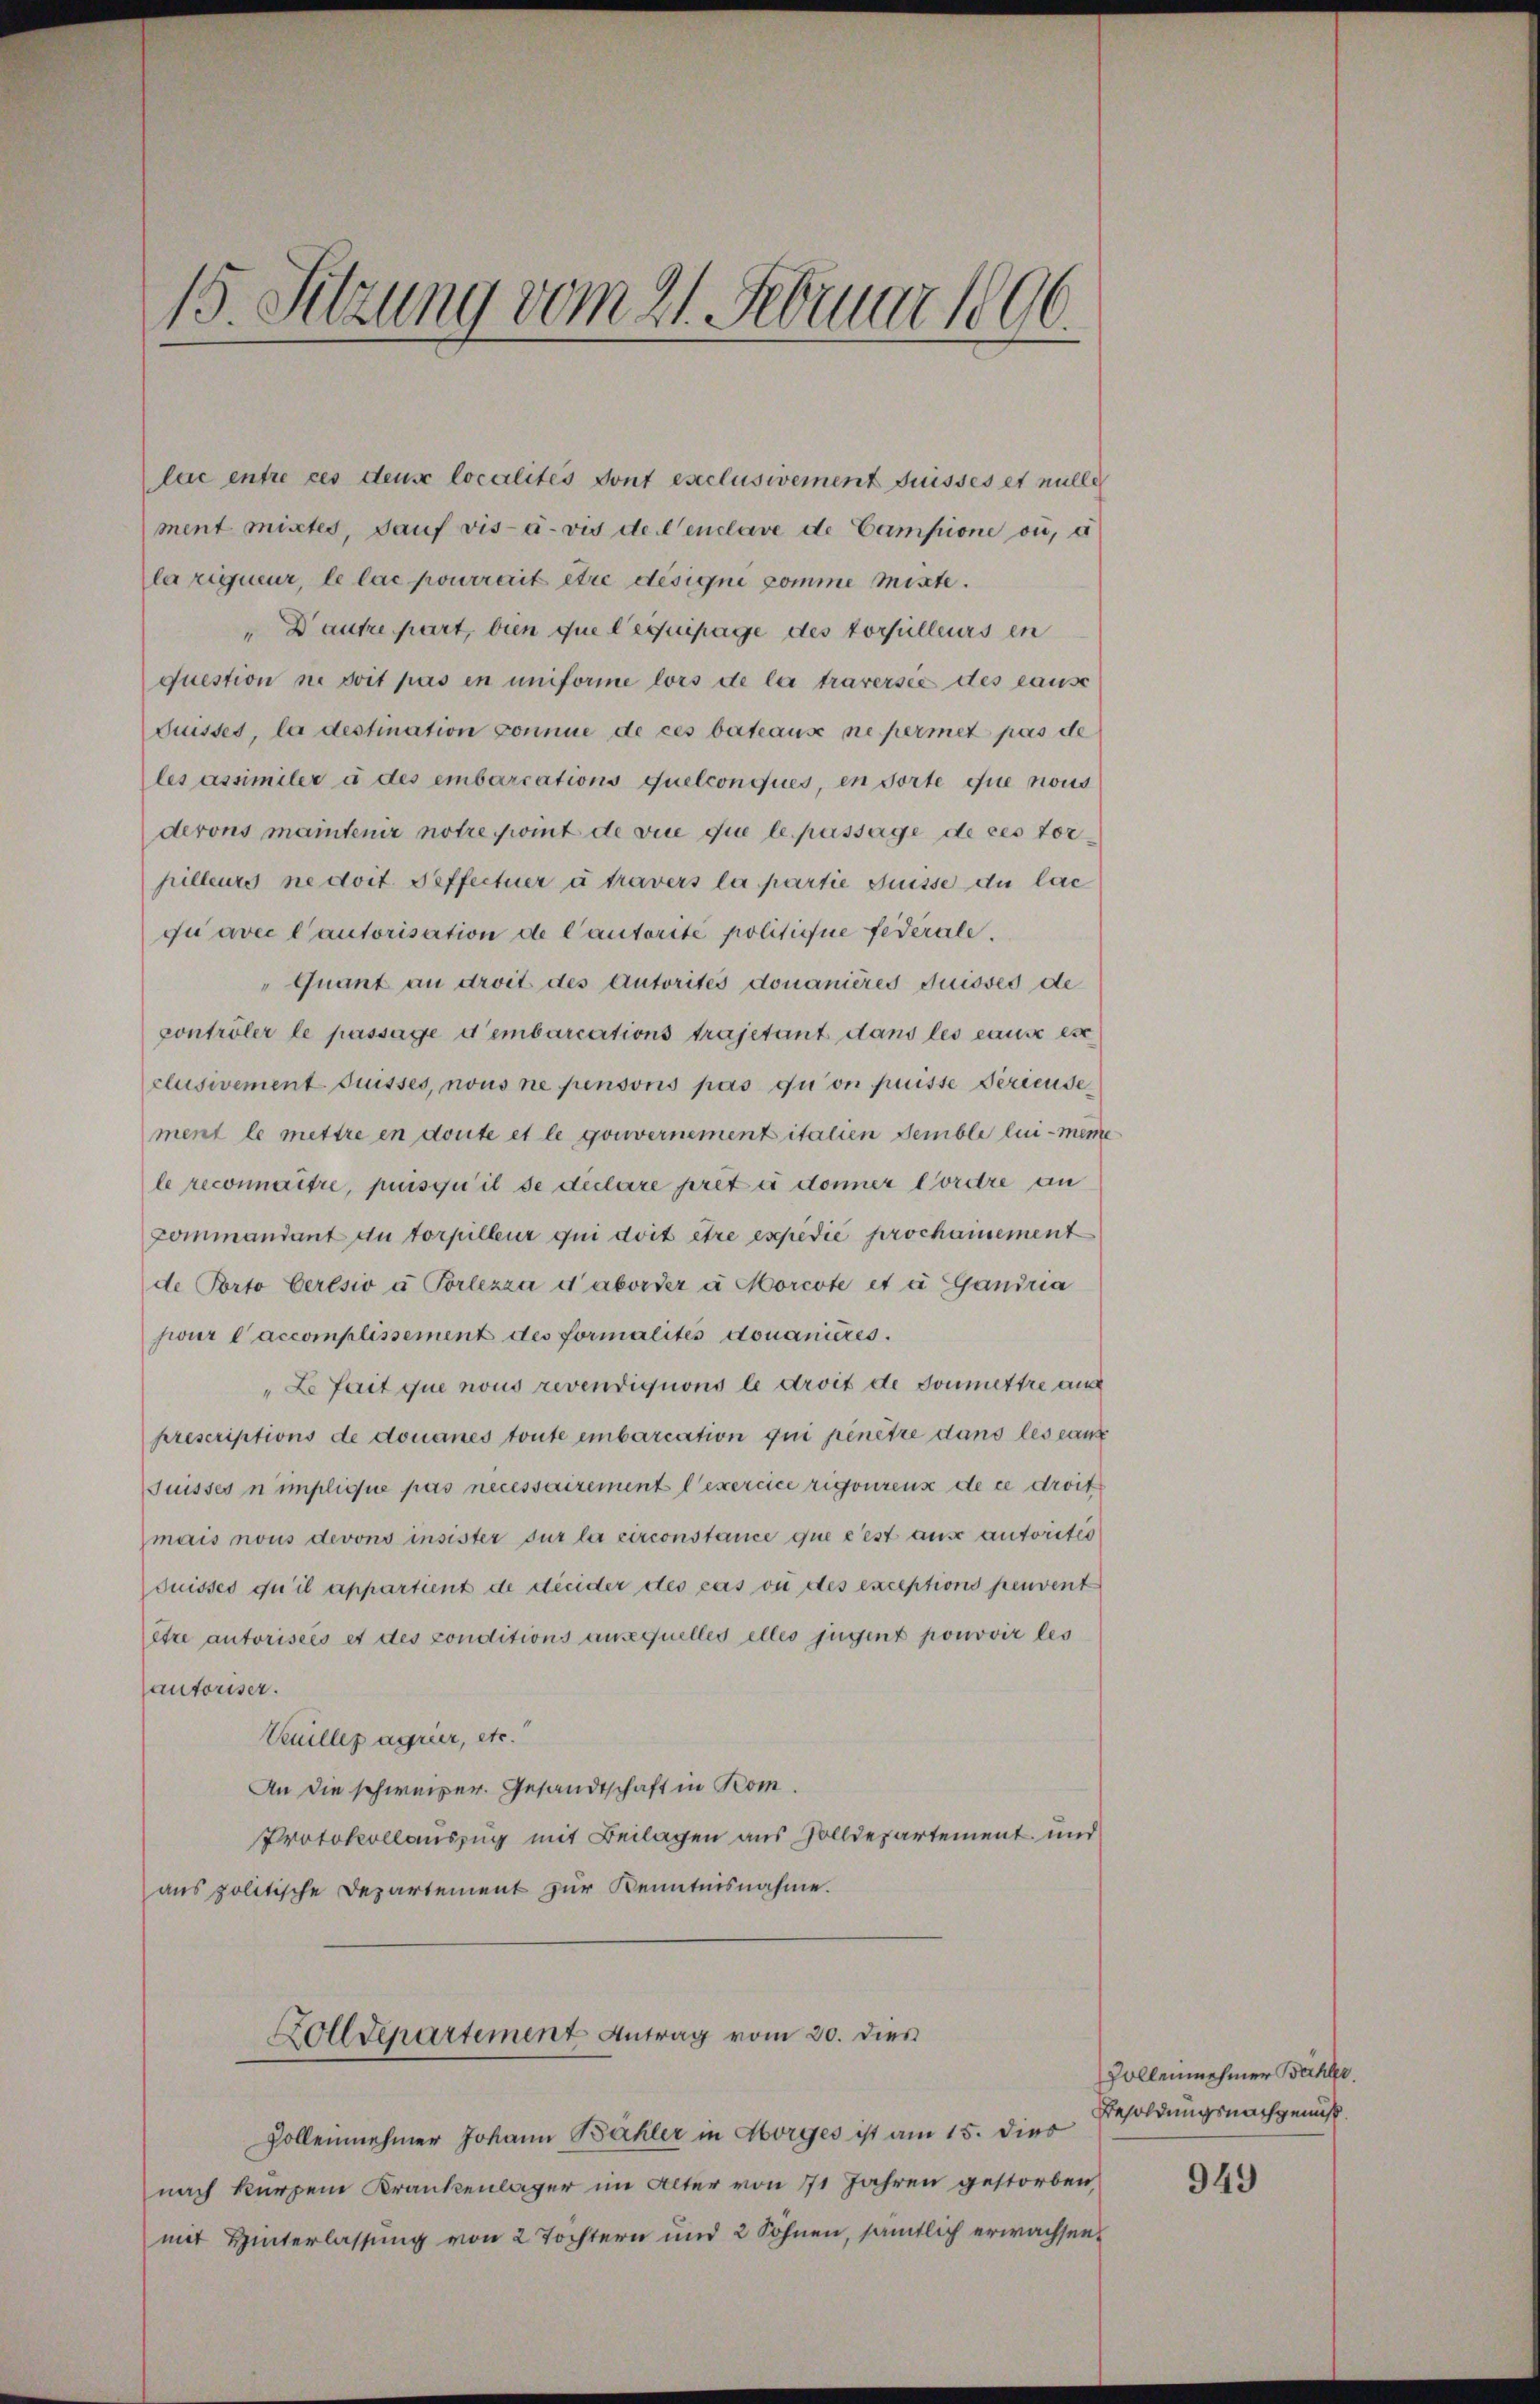
lac entre ces deus localités sont esclusivement fuisses et nulle
ment mixtes, sauf vis-à-vis de l’enclave de Campione ou, à
la rigueur, le lac pourrait être désigne somme mitte.
"Dautre part, bien que lequipage des vorsulleurs en
question ne soit pas in uniforme lors de la traversie des cause
fuisses, la destination connue de ces bateause ne permet pas de
les assimiler à des embarcations quelconques, en dorte que nous
derons maintenir notre point de vue que le passage de ces torpilleurs ne doit deffectuer à travers la partie fuisse du lac
gu avec l’autorisation de Cautorité politique federale.
Quant an droit des Autorités donanières duisses de
controler le passage dembarcations trajetant dans les cause es
clusivement duisses, nous ne pensons pas qui on puisse Feriende
ment le mettre in doute et le gouvernement italien semble lui-men
le reconnaître, puisqu’il se declare pret es donner Cordre an
Commandant du torpilleur qui doit être expédie prochainement
de Porto Ceresio u. Porlezza d’aborder à Morcote et à Gandria
jeur l’accomplissement des formalités donanieres.
"Le fait que nous revendigions le droit de soumettre aus
prescriptions de douanes toute einbarcation qui penêtre dans les can
Suisses nimplique pas necessairement l’exercice rigonrens de ce droit
mais nous devons insister sur la circonstance que c’est aus autoriter
duisses qu’il appartient de Streider des cas ou des exceptions peuvent
etze autoriseis et des conditions ansequelles elles jugent pouvoir les
autoriser.
Kuilleg agrier, etc.
An die schweizer. Gesandtschaft in Kom¬
Protokollauszug mit Beilagen aus Zolldepartement und
aus politische Departement zur Kenntnisnahme.
Zolldepartement Antrag vom 30. dies
Zollennehmer Johann Bähler in Horges ist am 15. dies Besoldungsnachgenuß
nach kurzem Krankenlager im Alter von 171 Jahren gestorben,
mit Hinterlassung von 2 Tochtern und 2 Söhnen, sämtlich erwachsen,

15. Sitzung vom 21. Februar 1806.

f

Rollennehmer Bühler.

949